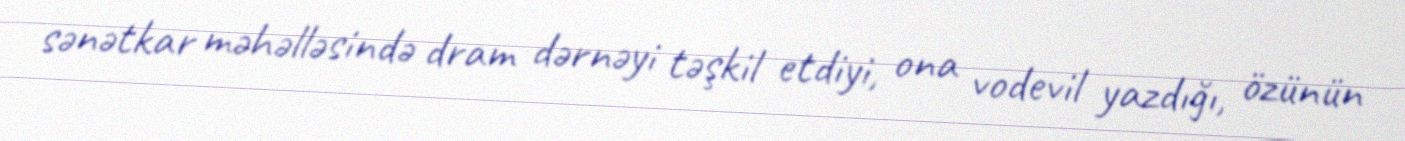
sənətkar məhəlləsində dram dərnəyi təşkil etdiyi, ona vodevil yazdığı, özünün